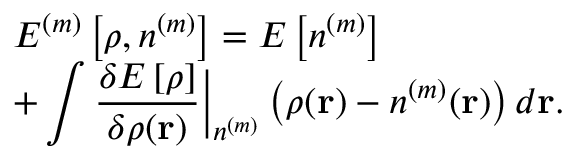
\begin{array} { l } { { \displaystyle { \cal E } ^ { ( m ) } \left[ \rho , n ^ { ( m ) } \right] = E \left[ n ^ { ( m ) } \right] } \ ~ } \\ { { \displaystyle + \int \frac { \delta E \left[ \rho \right] } { \delta \rho ( { \bf r } ) } \Big \vert _ { n ^ { ( m ) } } \left( \rho ( { \bf r } ) - n ^ { ( m ) } ( { \bf r } ) \right) d { \bf r } } . } \end{array}